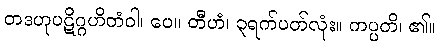
တဒဟုပဋိဂ္ဂဟိတံဝါ၊ ပေ။ တီဟံ၊ ၃ရက်ပတ်လုံး။ ကပ္ပတိ၊ ၏။